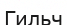
Гильч